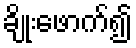
ချိုးဖောက်၍